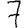
Digit: 7